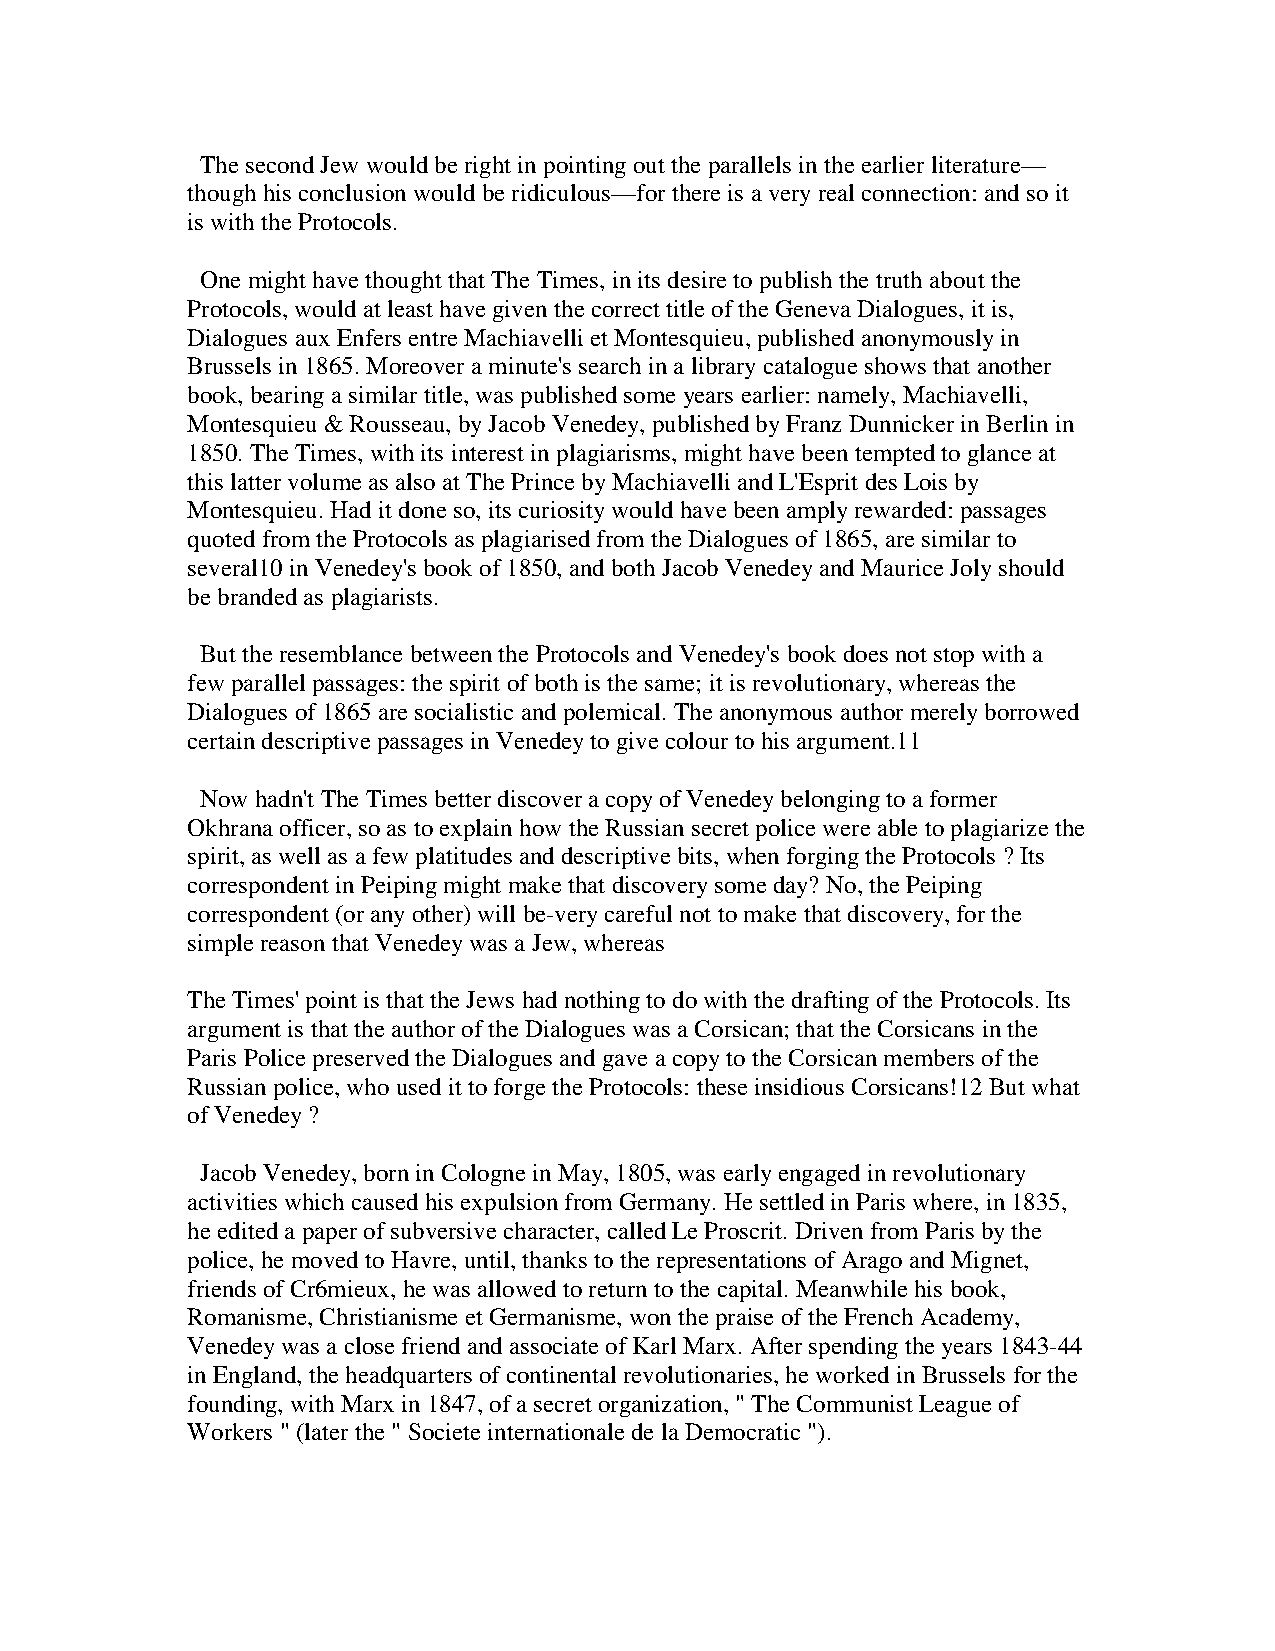
The second Jew would be right in pointing out the parallels in the earlier literature—
 though his conclusion would be ridiculous—for there is a very real connection: and so it
 is with the Protocols.
 One might have thought that The Times, in its desire to publish the truth about the
 Protocols, would at least have given the correct title of the Geneva Dialogues, it is,
 Dialogues aux Enfers entre Machiavelli et Montesquieu, published anonymously in
 Brussels in 1865. Moreover a minute's search in a library catalogue shows that another
 book, bearing a similar title, was published some years earlier: namely, Machiavelli,
 Montesquieu & Rousseau, by Jacob Venedey, published by Franz Dunnicker in Berlin in
 1850. The Times, with its interest in plagiarisms, might have been tempted to glance at
 this latter volume as also at The Prince by Machiavelli and L'Esprit des Lois by
 Montesquieu. Had it done so, its curiosity would have been amply rewarded: passages
 quoted from the Protocols as plagiarised from the Dialogues of 1865, are similar to
 several10 in Venedey's book of 1850, and both Jacob Venedey and Maurice Joly should
 be branded as plagiarists.
 But the resemblance between the Protocols and Venedey's book does not stop with a
 few parallel passages: the spirit of both is the same; it is revolutionary, whereas the
 Dialogues of 1865 are socialistic and polemical. The anonymous author merely borrowed
 certain descriptive passages in Venedey to give colour to his argument.11
 Now hadn't The Times better discover a copy of Venedey belonging to a former
 Okhrana officer, so as to explain how the Russian secret police were able to plagiarize the
 spirit, as well as a few platitudes and descriptive bits, when forging the Protocols ? Its
 correspondent in Peiping might make that discovery some day? No, the Peiping
 correspondent (or any other) will be-very careful not to make that discovery, for the
 simple reason that Venedey was a Jew, whereas
 The Times' point is that the Jews had nothing to do with the drafting of the Protocols. Its
 argument is that the author of the Dialogues was a Corsican; that the Corsicans in the
 Paris Police preserved the Dialogues and gave a copy to the Corsican members of the
 Russian police, who used it to forge the Protocols: these insidious Corsicans!12 But what
 of Venedey ?
 Jacob Venedey, born in Cologne in May, 1805, was early engaged in revolutionary
 activities which caused his expulsion from Germany. He settled in Paris where, in 1835,
 he edited a paper of subversive character, called Le Proscrit. Driven from Paris by the
 police, he moved to Havre, until, thanks to the representations of Arago and Mignet,
 friends of Cr6mieux, he was allowed to return to the capital. Meanwhile his book,
 Romanisme, Christianisme et Germanisme, won the praise of the French Academy,
 Venedey was a close friend and associate of Karl Marx. After spending the years 1843-44
 in England, the headquarters of continental revolutionaries, he worked in Brussels for the
 founding, with Marx in 1847, of a secret organization, " The Communist League of
 Workers " (later the " Societe internationale de la Democratic ").